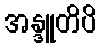
အန္ဒူတိပိ